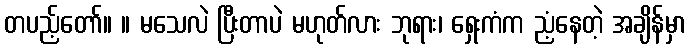
တပည့်တော်။ ။ မသေလဲ ပြီးတာပဲ မဟုတ်လား ဘုရား၊ ရှေးကံက ညံ့နေတဲ့ အချိန်မှာ